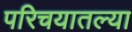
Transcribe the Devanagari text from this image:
परिचयातल्या